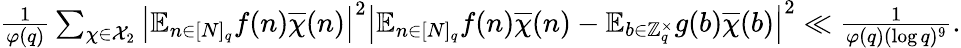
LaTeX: \begin{array}{r}{\frac{1}{\varphi(q)}\sum_{\chi\in\mathcal{X}_{2}}\left|\mathbb{E}_{n\in[N]_{q}}f(n)\overline{{\chi}}(n)\right|^{2}\left|\mathbb{E}_{n\in[N]_{q}}f(n)\overline{{\chi}}(n)-\mathbb{E}_{b\in\mathbb{Z}_{q}^{\times}}g(b)\overline{{\chi}}(b)\right|^{2}\ll\frac{1}{\varphi(q)(\log q)^{9}}.}\end{array}